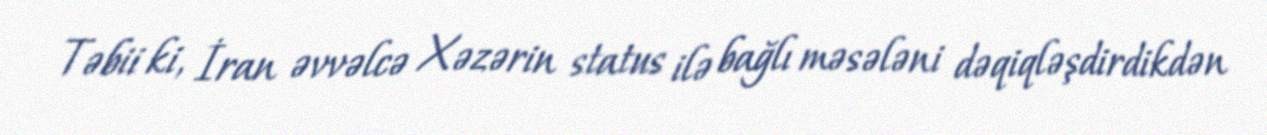
Təbii ki, İran əvvəlcə Xəzərin status ilə bağlı məsələni dəqiqləşdirdikdən